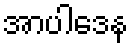
အာပါဒေန